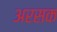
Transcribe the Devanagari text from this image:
अरसक